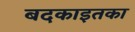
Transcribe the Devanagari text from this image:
बदकाइतका